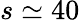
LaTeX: s\simeq 40